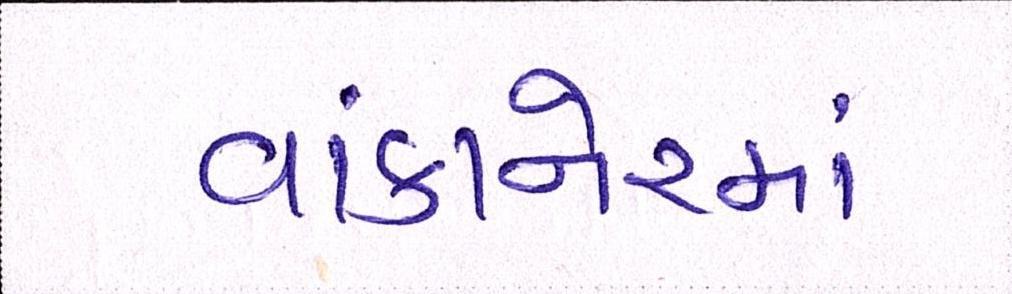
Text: વાંકાનેરમાં